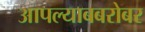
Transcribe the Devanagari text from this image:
आपल्याबबरोबर